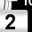
Digit: 2